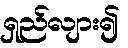
ရှည်လျား၍